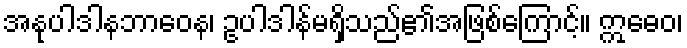
အနုပါဒါနဘာဝေန၊ ဥပါဒါန်မရှိသည်၏အဖြစ်ကြောင့်။ ဣဓေဝ၊